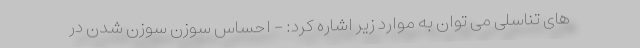
های تناسلی می توان به موارد زیر اشاره کرد: - احساس سوزن سوزن شدن در